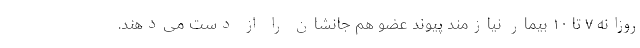
روزانه ۷ تا ۱۰ بیمار نیازمند پیوند عضو هم جانشان را از دست می‌دهند.